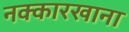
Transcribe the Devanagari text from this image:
नक्कारखाना